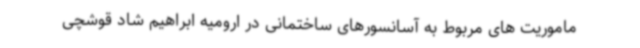
ماموریت های مربوط به آسانسورهای ساختمانی در ارومیه ابراهیم شاد قوشچی